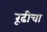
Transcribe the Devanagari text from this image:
रूढीचा